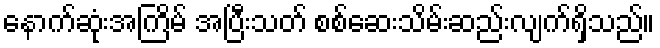
နောက်ဆုံးအကြိမ် အပြီးသတ် စစ်ဆေးသိမ်းဆည်းလျက်ရှိသည်။